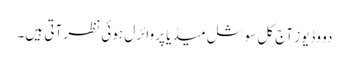
دو وڈیوز آج کل سوشل میڈیا پر وائرل ہوئی نظر آتی ہیں۔